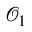
\mathcal { O } _ { 1 }